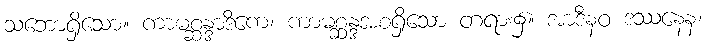
သဘောရှိသော။ ကာမစ္ဆန္ဒာဒိကေ၊ ကာမစ္ဆန္ဒအစရှိသော တရား၌။ အာဒီနဝ ဒဿနေန၊